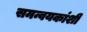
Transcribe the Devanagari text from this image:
समन्वयकांशी